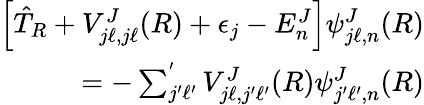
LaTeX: \begin{array}{r}{\left[\hat{T}_{R}+V_{j\ell,j\ell}^{J}(R)+\epsilon_{j}-E_{n}^{J}\right]\psi_{j\ell,n}^{J}(R)}\\ {=-\sum_{j^{\prime}\ell^{\prime}}^{'}V_{j\ell,j^{\prime}\ell^{\prime}}^{J}(R)\psi_{j^{\prime}\ell^{\prime},n}^{J}(R)}\end{array}